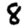
Digit: 8